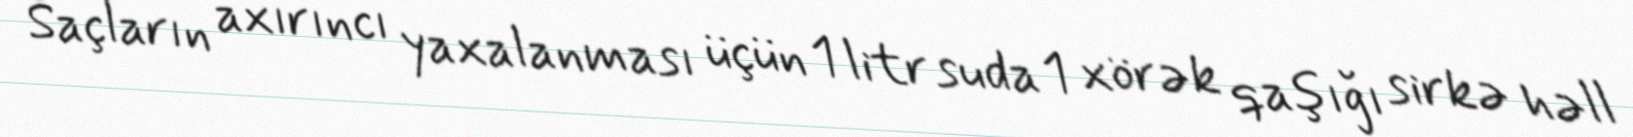
Saçların axırıncı yaxalanması üçün 1 litr suda 1 xörək qaşığı sirkə həll